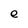
Character: e